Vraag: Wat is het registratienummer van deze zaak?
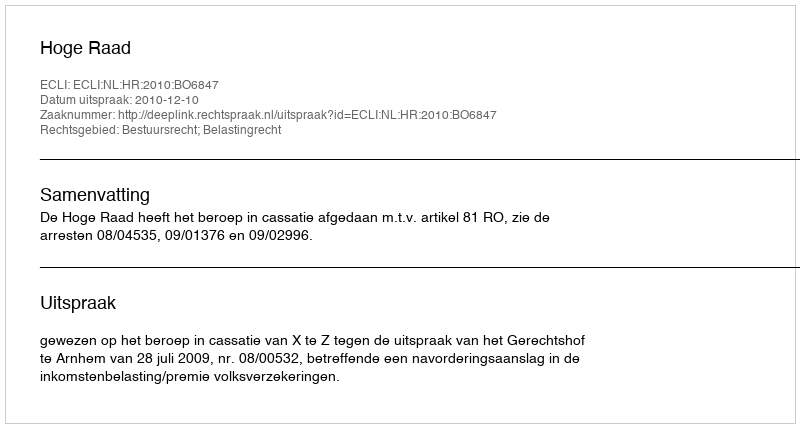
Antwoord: http://deeplink.rechtspraak.nl/uitspraak?id=ECLI:NL:HR:2010:BO6847